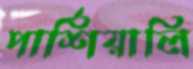
পার্শিয়ালি